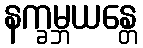
နက္ခမ္ဘယန္တေ